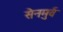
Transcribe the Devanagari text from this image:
सेनमुर्व